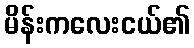
မိန်းကလေးငယ်၏